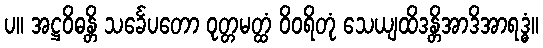
ပ။ အဋ္ဌဝိဓန္တိ သင်္ခေပတော ဝုတ္တမတ္ထံ ဝိဝရိတုံ သေယျထိဒန္တိအာဒိအာရဒ္ဓံ။